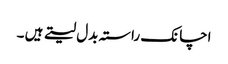
اچانک راستہ بدل لیتے ہیں ۔